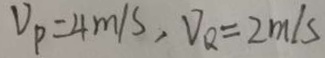
V _ { P } = 4 m / s , V _ { Q } = 2 m / s